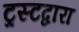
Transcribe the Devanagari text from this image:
ट्रस्टद्वारा